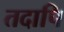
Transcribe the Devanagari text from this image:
तदापि